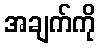
အချက်ကို